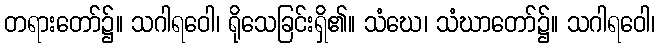
တရားတော်၌။ သဂါရဝေါ၊ ရိုသေခြင်းရှိ၏။ သံဃေ၊ သံဃာတော်၌။ သဂါရဝေါ၊